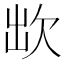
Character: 欪